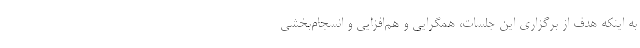
به اینکه هدف از برگزاری این جلسات، همگرایی و هم‌افزایی و انسجام‌بخشی